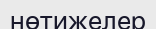
нөтижелер